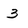
Character: 3